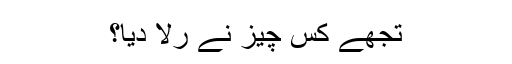
تجھے کس چیز نے رلا دیا؟